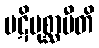
ပဋိပုစ္ဆာမီတိ